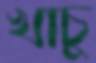
খাচু